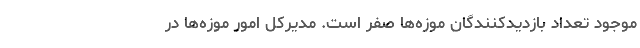
موجود تعداد بازدیدکنندگان موزه‌ها صفر است. مدیرکل امور موزه‌ها در